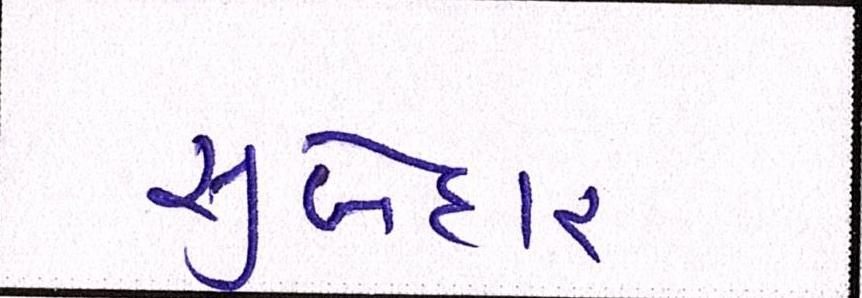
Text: સુબેદાર